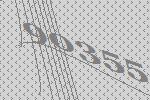
90355